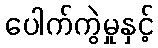
ပေါက်ကွဲမှုနှင့်